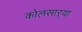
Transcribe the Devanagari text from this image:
कोलसाऱ्या